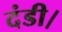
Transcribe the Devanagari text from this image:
दंडी।